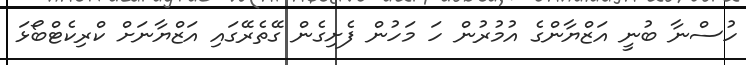
ހުސްނާ ބުނީ އަޒްޔާންގެ އުމުރުން ހަ މަހުން ފެށިގެން ގޭތެރޭގައި އަޒްޔާނަށް ކްރިކެޓްބޯޅަ